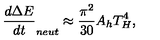
\frac { d \Delta E } { d t } _ { n e u t } \approx \frac { \pi ^ { 2 } } { 3 0 } A _ { h } T _ { H } ^ { 4 } ,